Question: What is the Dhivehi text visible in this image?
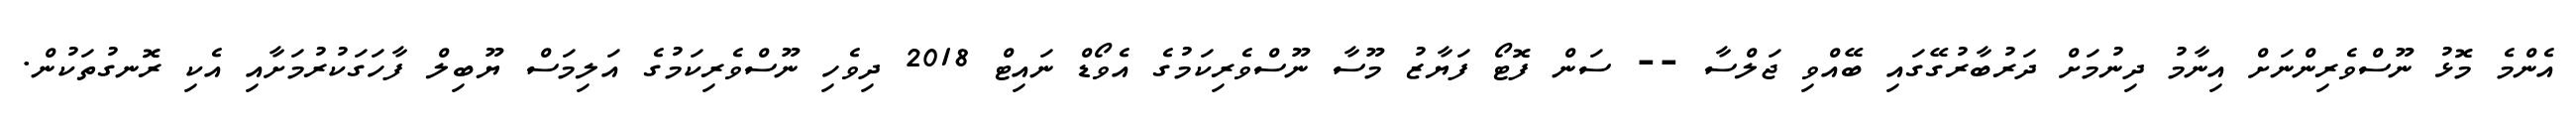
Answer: އެންމެ މޮޅު ނޫސްވެރިންނަށް އިނާމު ދިނުމަށް ދަރުބާރުގޭގައި ބޭއްވި ޖަލްސާ -- ސަން ފޮޓޯ ފަޔާޒު މޫސާ ނޫސްވެރިކަމުގެ އެވޯޑް ނައިޓް 2018 ދިވެހި ނޫސްވެރިކަމުގެ އަލިމަސް ޔޫބިލް ފާހަގަކުރުމަށާއި އެކި ރޮނގުތަކުން.